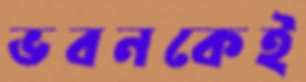
ভবনকেই